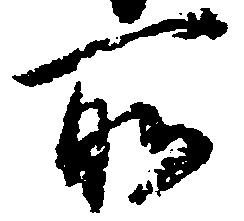
所